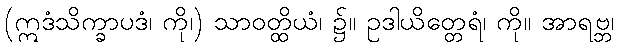
(ဣဒံသိက္ခာပဒံ၊ ကို၊) သာဝတ္ထိယံ၊ ၌။ ဥဒါယိတ္တေရံ၊ ကို။ အာရဗ္ဘ၊